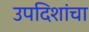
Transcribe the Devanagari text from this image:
उपदिशांचा